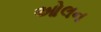
ઓલન